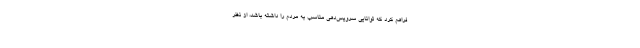
فراهم کرد که توانایی سرویس‌دهی مناسب به مردم را داشته باشد، از نظر